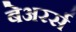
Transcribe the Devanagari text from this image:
बेअरर्स